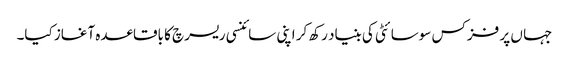
جہا ں پر فزکس سوسائٹی کی بنیاد رکھ کر اپنی سائنسی ریسرچ کا باقاعدہ آغاز کیا۔